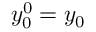
y _ { 0 } ^ { 0 } = y _ { 0 }